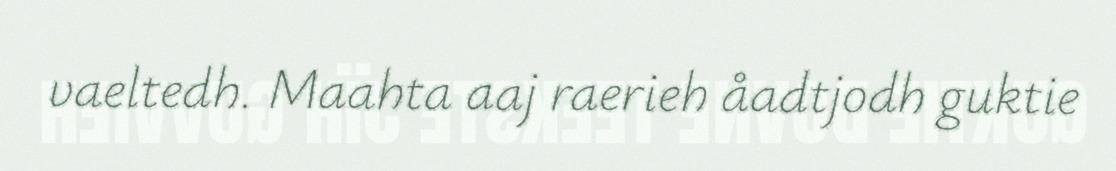
vaeltedh. Maahta aaj raerieh åadtjodh guktie